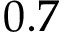
0 . 7